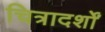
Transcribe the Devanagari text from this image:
चित्रादर्शों